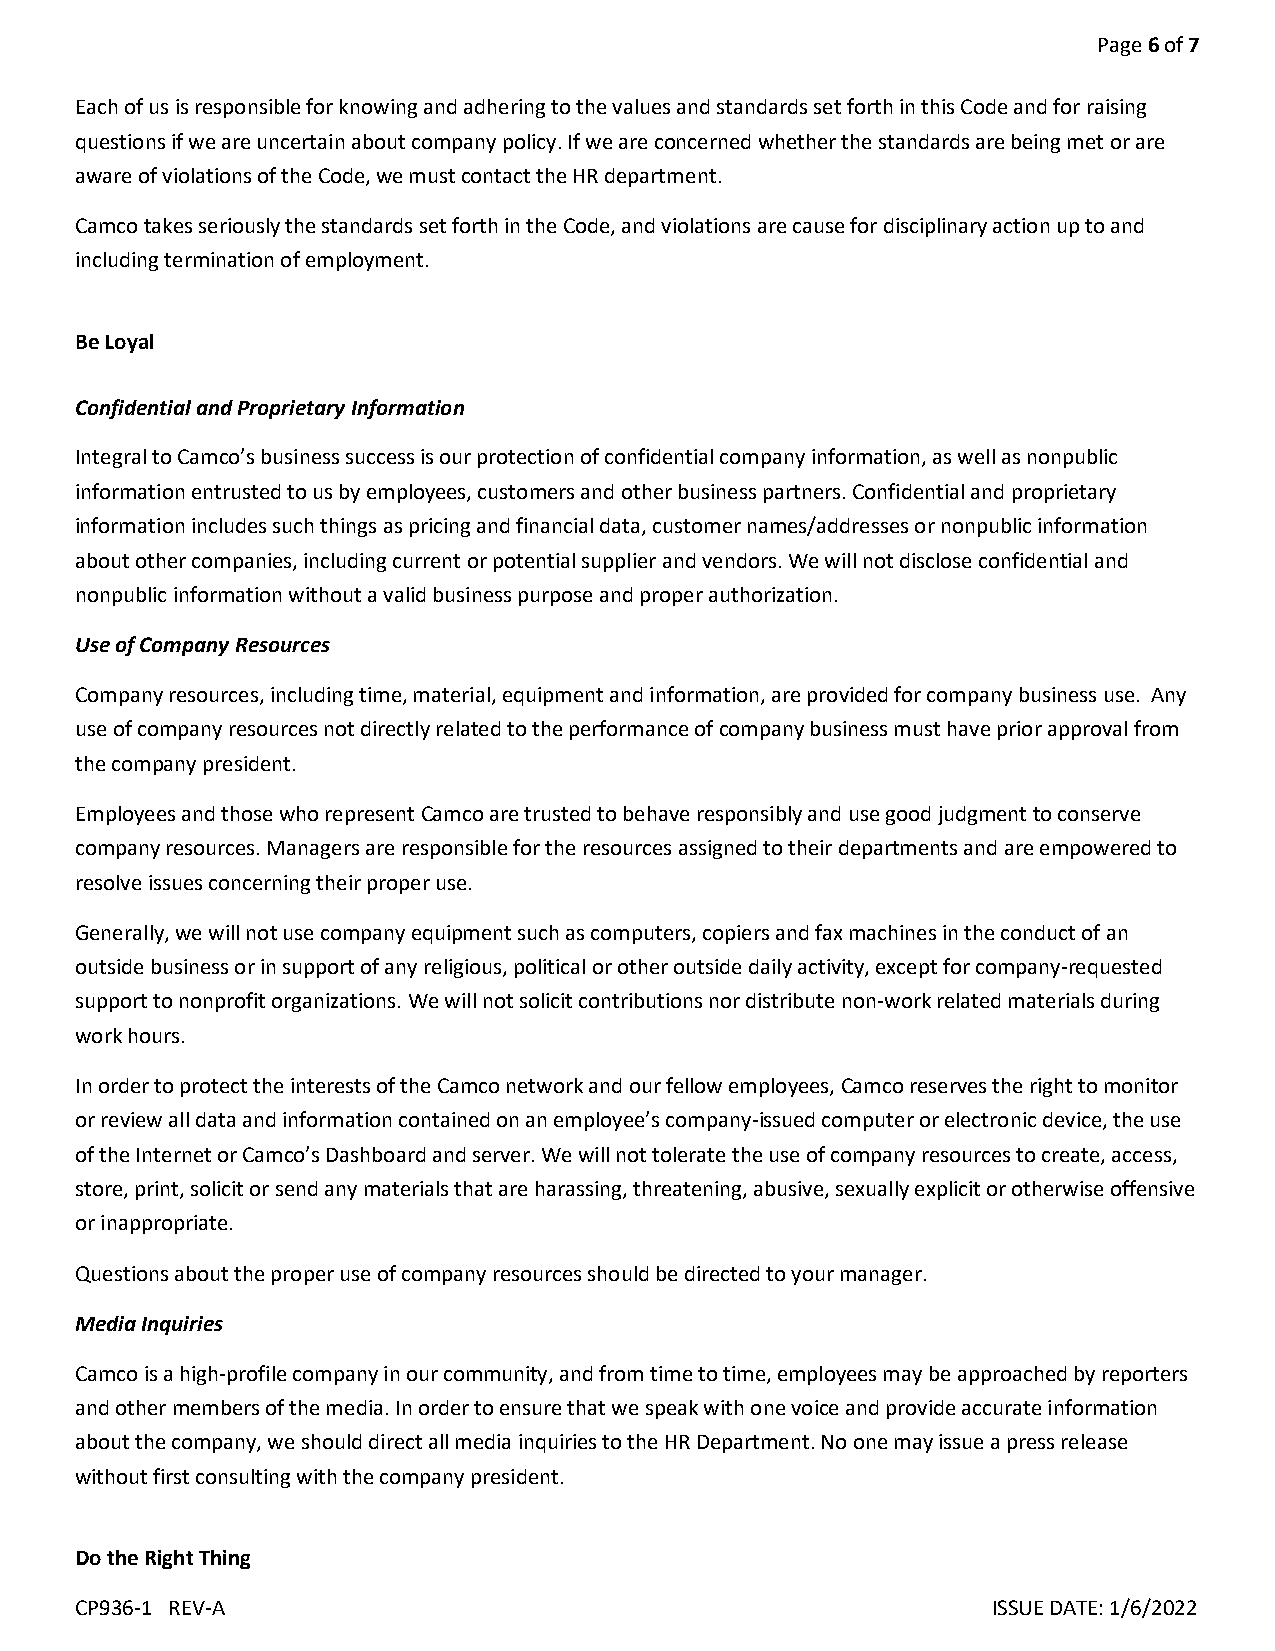
Page 6 of 7
 Each of us is responsible for knowing and adhering to the values and standards set forth in this Code and for raising
 questions if we are uncertain about company policy. If we are concerned whether the standards are being met or are
 aware of violations of the Code, we must contact the HR department.
 Camco takes seriously the standards set forth in the Code, and violations are cause for disciplinary action up to and
 including termination of employment.
 Be Loyal
 Confidential and Proprietary Information
 Integral to Camco’s business success is our protection of confidential company information, as well as nonpublic
 information entrusted to us by employees, customers and other business partners. Confidential and proprietary
 information includes such things as pricing and financial data, customer names/addresses or nonpublic information
 about other companies, including current or potential supplier and vendors. We will not disclose confidential and
 nonpublic information without a valid business purpose and proper authorization.
 Use of Company Resources
 Company resources, including time, material, equipment and information, are provided for company business use. Any
 use of company resources not directly related to the performance of company business must have prior approval from
 the company president.
 Employees and those who represent Camco are trusted to behave responsibly and use good judgment to conserve
 company resources. Managers are responsible for the resources assigned to their departments and are empowered to
 resolve issues concerning their proper use.
 Generally, we will not use company equipment such as computers, copiers and fax machines in the conduct of an
 outside business or in support of any religious, political or other outside daily activity, except for company-requested
 support to nonprofit organizations. We will not solicit contributions nor distribute non-work related materials during
 work hours.
 In order to protect the interests of the Camco network and our fellow employees, Camco reserves the right to monitor
 or review all data and information contained on an employee’s company-issued computer or electronic device, the use
 of the Internet or Camco’s Dashboard and server. We will not tolerate the use of company resources to create, access,
 store, print, solicit or send any materials that are harassing, threatening, abusive, sexually explicit or otherwise offensive
 or inappropriate.
 Questions about the proper use of company resources should be directed to your manager.
 Media Inquiries
 Camco is a high-profile company in our community, and from time to time, employees may be approached by reporters
 and other members of the media. In order to ensure that we speak with one voice and provide accurate information
 about the company, we should direct all media inquiries to the HR Department. No one may issue a press release
 without first consulting with the company president.
 Do the Right Thing
 CP936-1 REV-A                                                ISSUE DATE: 1/6/2022